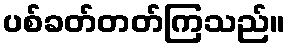
ပစ်ခတ်တတ်ကြသည်။